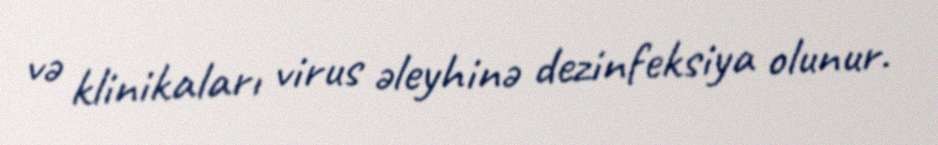
və klinikaları virus əleyhinə dezinfeksiya olunur.